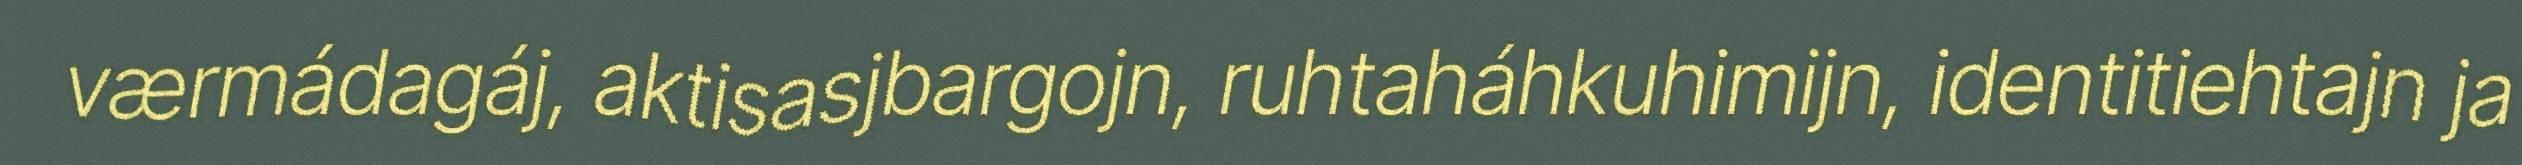
værmádagáj, aktisasjbargojn, ruhtaháhkuhimijn, identitiehtajn ja